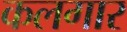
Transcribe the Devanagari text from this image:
कलगार